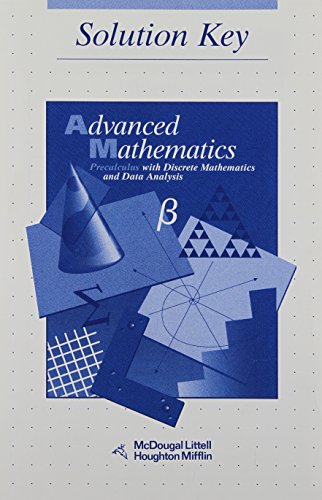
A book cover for Advanced Math: Precalculus with Discrete Mathematics and Data Analysis (Solution Key); MCDOUGAL LITTEL; Travel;